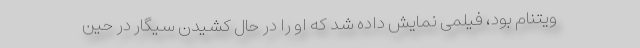
ویتنام بود، فیلمی نمایش داده شد که او را در حال کشیدن سیگار در حین